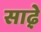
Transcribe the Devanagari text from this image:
साढ़़ेे